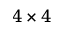
4 \times 4